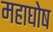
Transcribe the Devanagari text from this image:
महाघोष